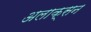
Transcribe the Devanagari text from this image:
अलाक्सन